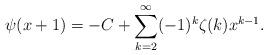
LaTeX: \begin{align*}\psi(x+1)=-C+\sum_{k=2}^{\infty}(-1)^{k}\zeta(k)x^{k-1}.\end{align*}